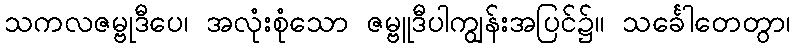
သကလဇမ္ဗုဒီပေ၊ အလုံးစုံသော ဇမ္ဗူဒီပါကျွန်းအပြင်၌။ သင်္ခေါတေတွာ၊